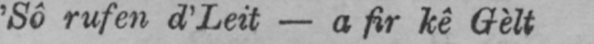
’Sô rufen d’Leit - a fir kê Gètt